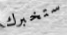
ستخبرك